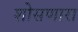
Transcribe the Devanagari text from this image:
शोसणारा